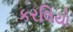
કરલિયો